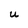
Character: U